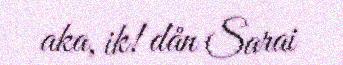
aka, ik! dån Sarai